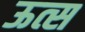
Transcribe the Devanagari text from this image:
ऊत्स